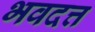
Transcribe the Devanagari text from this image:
भवदत्त